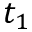
t _ { 1 }